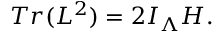
T r ( L ^ { 2 } ) = 2 I _ { \Lambda } { \cal H } .